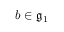
b \in { \mathfrak { g } } _ { 1 }